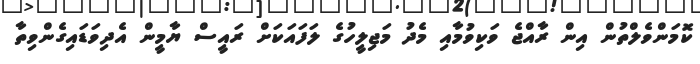
ކޮމަންވެލްތުން އިން ރާއްޖެ ވަކިވުމާއި މެދު މަޖިލީހުގެ ލަފައަކަށް ރައީސް ޔާމީން އެދިވަޑައިގެންވިތާ